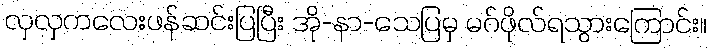
လှလှကလေးဖန်ဆင်းပြပြီး အို-နာ-သေပြမှ မဂ်ဖိုလ်ရသွားကြောင်း။